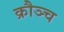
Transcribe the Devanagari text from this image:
क्रौञ्च